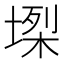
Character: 𡏫